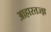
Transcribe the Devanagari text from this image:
आहारतज्ज्ञ